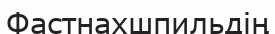
Фастнахшпильдің